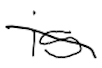
Text: is
Cross-out: diagonal
Writing tool: digital_black